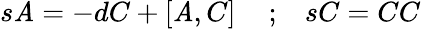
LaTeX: s{\cal\mathit{A}}=-dC+\left[{\cal\mathit{A}},C\right]\, \, \, \, \, \, \, ;\, \, \, \, \, sC=CC